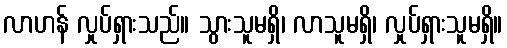
လာဟန် လှုပ်ရှားသည်။ သွားသူမရှိ၊ လာသူမရှိ၊ လှုပ်ရှားသူမရှိ။